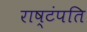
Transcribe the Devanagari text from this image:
राष्टंपति